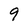
Character: 9